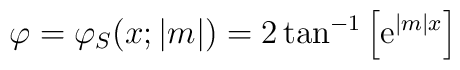
\varphi=\varphi_{S}(x;|m|)=2\tan^{-1}\left[{\rm e}^{|m|x}\right]